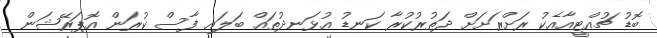
ބޮޑު ޗުއްޓީއާއެކު ރަށްރަށަށް ދަތުރުކުރާ ކަނޑު އުޅަނދުތައް ބަލައި ފާސް ކުރަން އޮޕަރޭޝަން